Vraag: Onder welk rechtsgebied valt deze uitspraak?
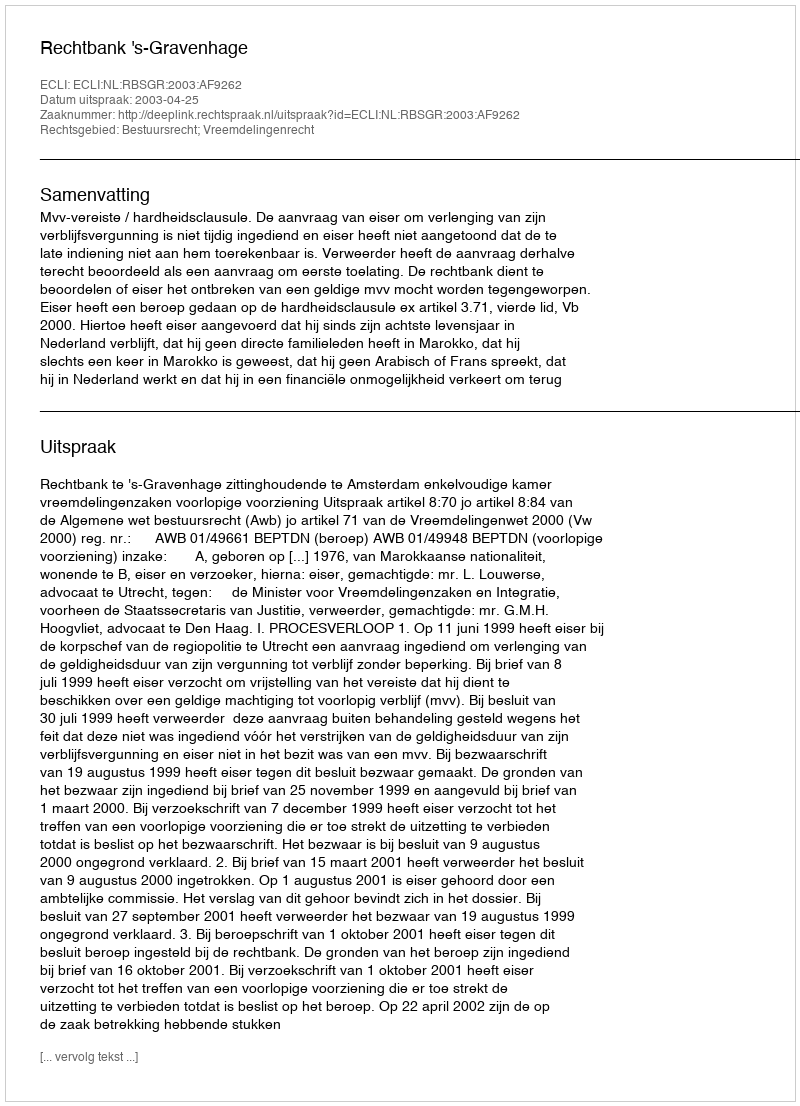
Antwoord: Bestuursrecht; Vreemdelingenrecht